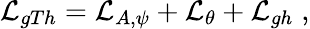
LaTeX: {\cal L}_{gTh}={\cal L}_{A,\psi}+{\cal L}_{\theta}+{\cal L}_{gh}\; ,